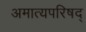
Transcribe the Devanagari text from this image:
अमात्यपरिषद्